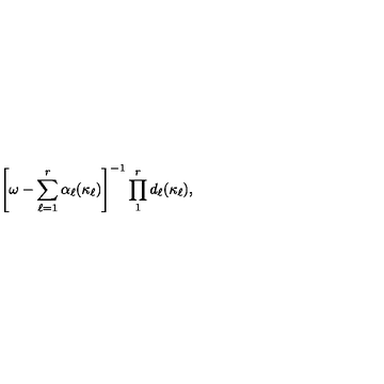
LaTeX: \left[ \omega - \sum _ { \ell = 1 } ^ { r } \alpha _ { \ell } ( \kappa _ { \ell } ) \right] ^ { - 1 } \prod _ { 1 } ^ { r } d _ { \ell } ( \kappa _ { \ell } ) ,